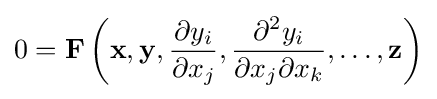
0=\mathbf {F} \left(\mathbf {x} ,\mathbf {y} ,{\frac {\partial y_{i}}{\partial x_{j}}},{\frac {\partial ^{2}y_{i}}{\partial x_{j}\partial x_{k}}},\ldots ,\mathbf {z} \right)